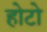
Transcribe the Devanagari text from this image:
होटो